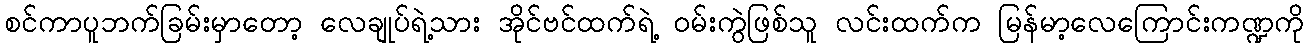
စင်ကာပူဘက်ခြမ်းမှာတော့ လေချုပ်ရဲ့သား အိုင်ဗင်ထက်ရဲ့ ဝမ်းကွဲဖြစ်သူ လင်းထက်က မြန်မာ့လေကြောင်းကဏ္ဍကို